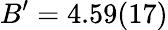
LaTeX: B^{\prime}=4.59(17)